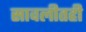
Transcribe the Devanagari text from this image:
सावलीतही